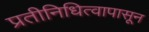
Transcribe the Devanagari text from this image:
प्रतीनिधित्वापासून